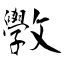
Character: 斆